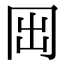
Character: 𠕐